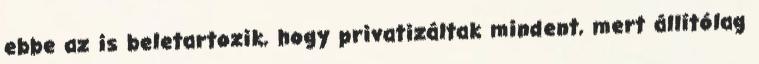
ebbe az is beletartozik, hogy privatizáltak mindent, mert állítólag